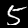
Digit: 5